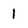
Character: 1